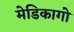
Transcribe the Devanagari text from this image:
मेडिकागो